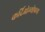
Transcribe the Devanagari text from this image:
कर्दिओम्योपथ्य